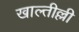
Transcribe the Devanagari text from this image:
खाल्तील्ली